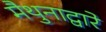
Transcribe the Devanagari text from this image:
मैथुनाद्वारे